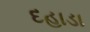
દહાડા